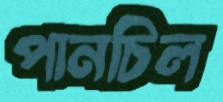
পানচিল